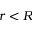
r < R